Tezpur Lunatic Asylum reports 1895-1904 - 1895-1904
Year: 1895
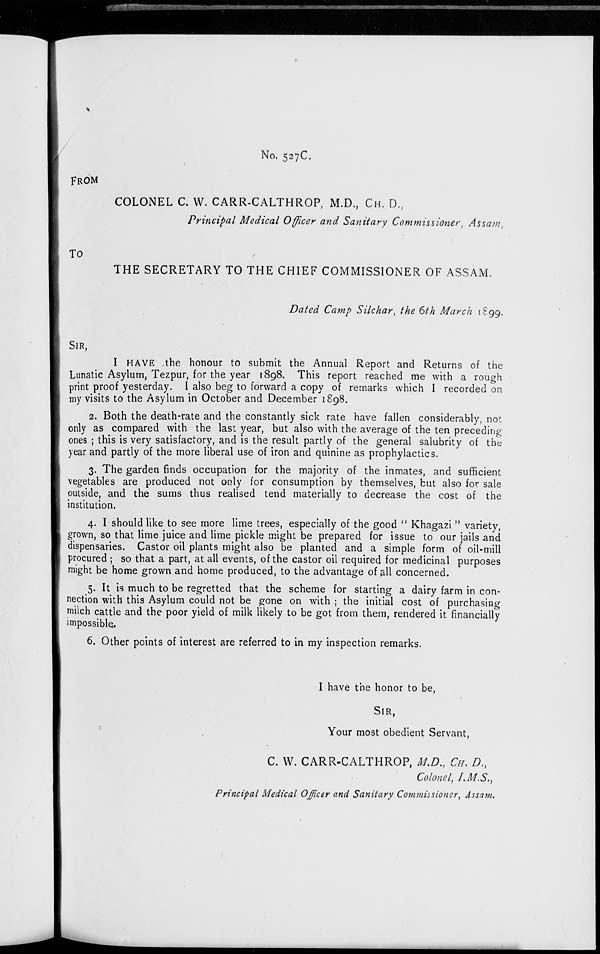
FROM
No. 527C.
COLONEL C. W. CARR-CALTHROP, M.D., CH. D.,
Principal Medical Officer and Sanitary Commissioner, Assam,
TO
THE SECRETARY TO THE CHIEF COMMISSIONER OF ASSAM.
Dated Camp Silchar, the 6th March 1S99.
SIR,
I HAVE .the honour to submit the Annual Report and Returns of the
Lunatic Asylum, Tezpur, for the year 1898. This report reached me with a rough
print proof yesterday. I also beg to forward a copy of remarks which I recorded on
my visits to the Asylum in October and December 1898.
2. Both the death-rate and the constantly sick rate have fallen considerably, not
only as compared with the last year, but also with the average of the ten preceding
ones ; this is very satisfactory, and is the result partly of the general salubrity of the
year and partly of the more liberal use of iron and quinine as prophylactics.
3. The garden finds occupation for the majority of the inmates, and sufficient
vegetables are produced not only for consumption by themselves, but also for sale
outside, and the sums thus realised tend materially to decrease the cost of the
institution.
4. I should like to see more lime trees, especially of the good " Khagazi " variety,
grown, so that lime juice and lime pickle might be prepared for issue to our jails and
dispensaries. Castor oil plants might also be planted and a simple form of oil-mill
procured ; so that a part, at all events, of the castor oil required for medicinal purposes
might be home grown and home produced, to the advantage of all concerned.
5. It is much to be regretted that the scheme for starting a dairy farm in con-
nection with this Asylum could not be gone on with ; the initial cost of purchasing
milch cattle and the poor yield of milk likely to be got from them, rendered it financially
impossible.
6. Other points of interest are referred to in my inspection remarks.
I have the honor to be,
SIR,
Your most obedient Servant.
C. W. CARR-CALTHROP, M.D., CH. D.,
Colonel, I.M.S.,
Principal Medical Officer and Sanitary Commissioner, Assam.